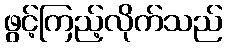
ဖွင့်ကြည့်လိုက်သည်